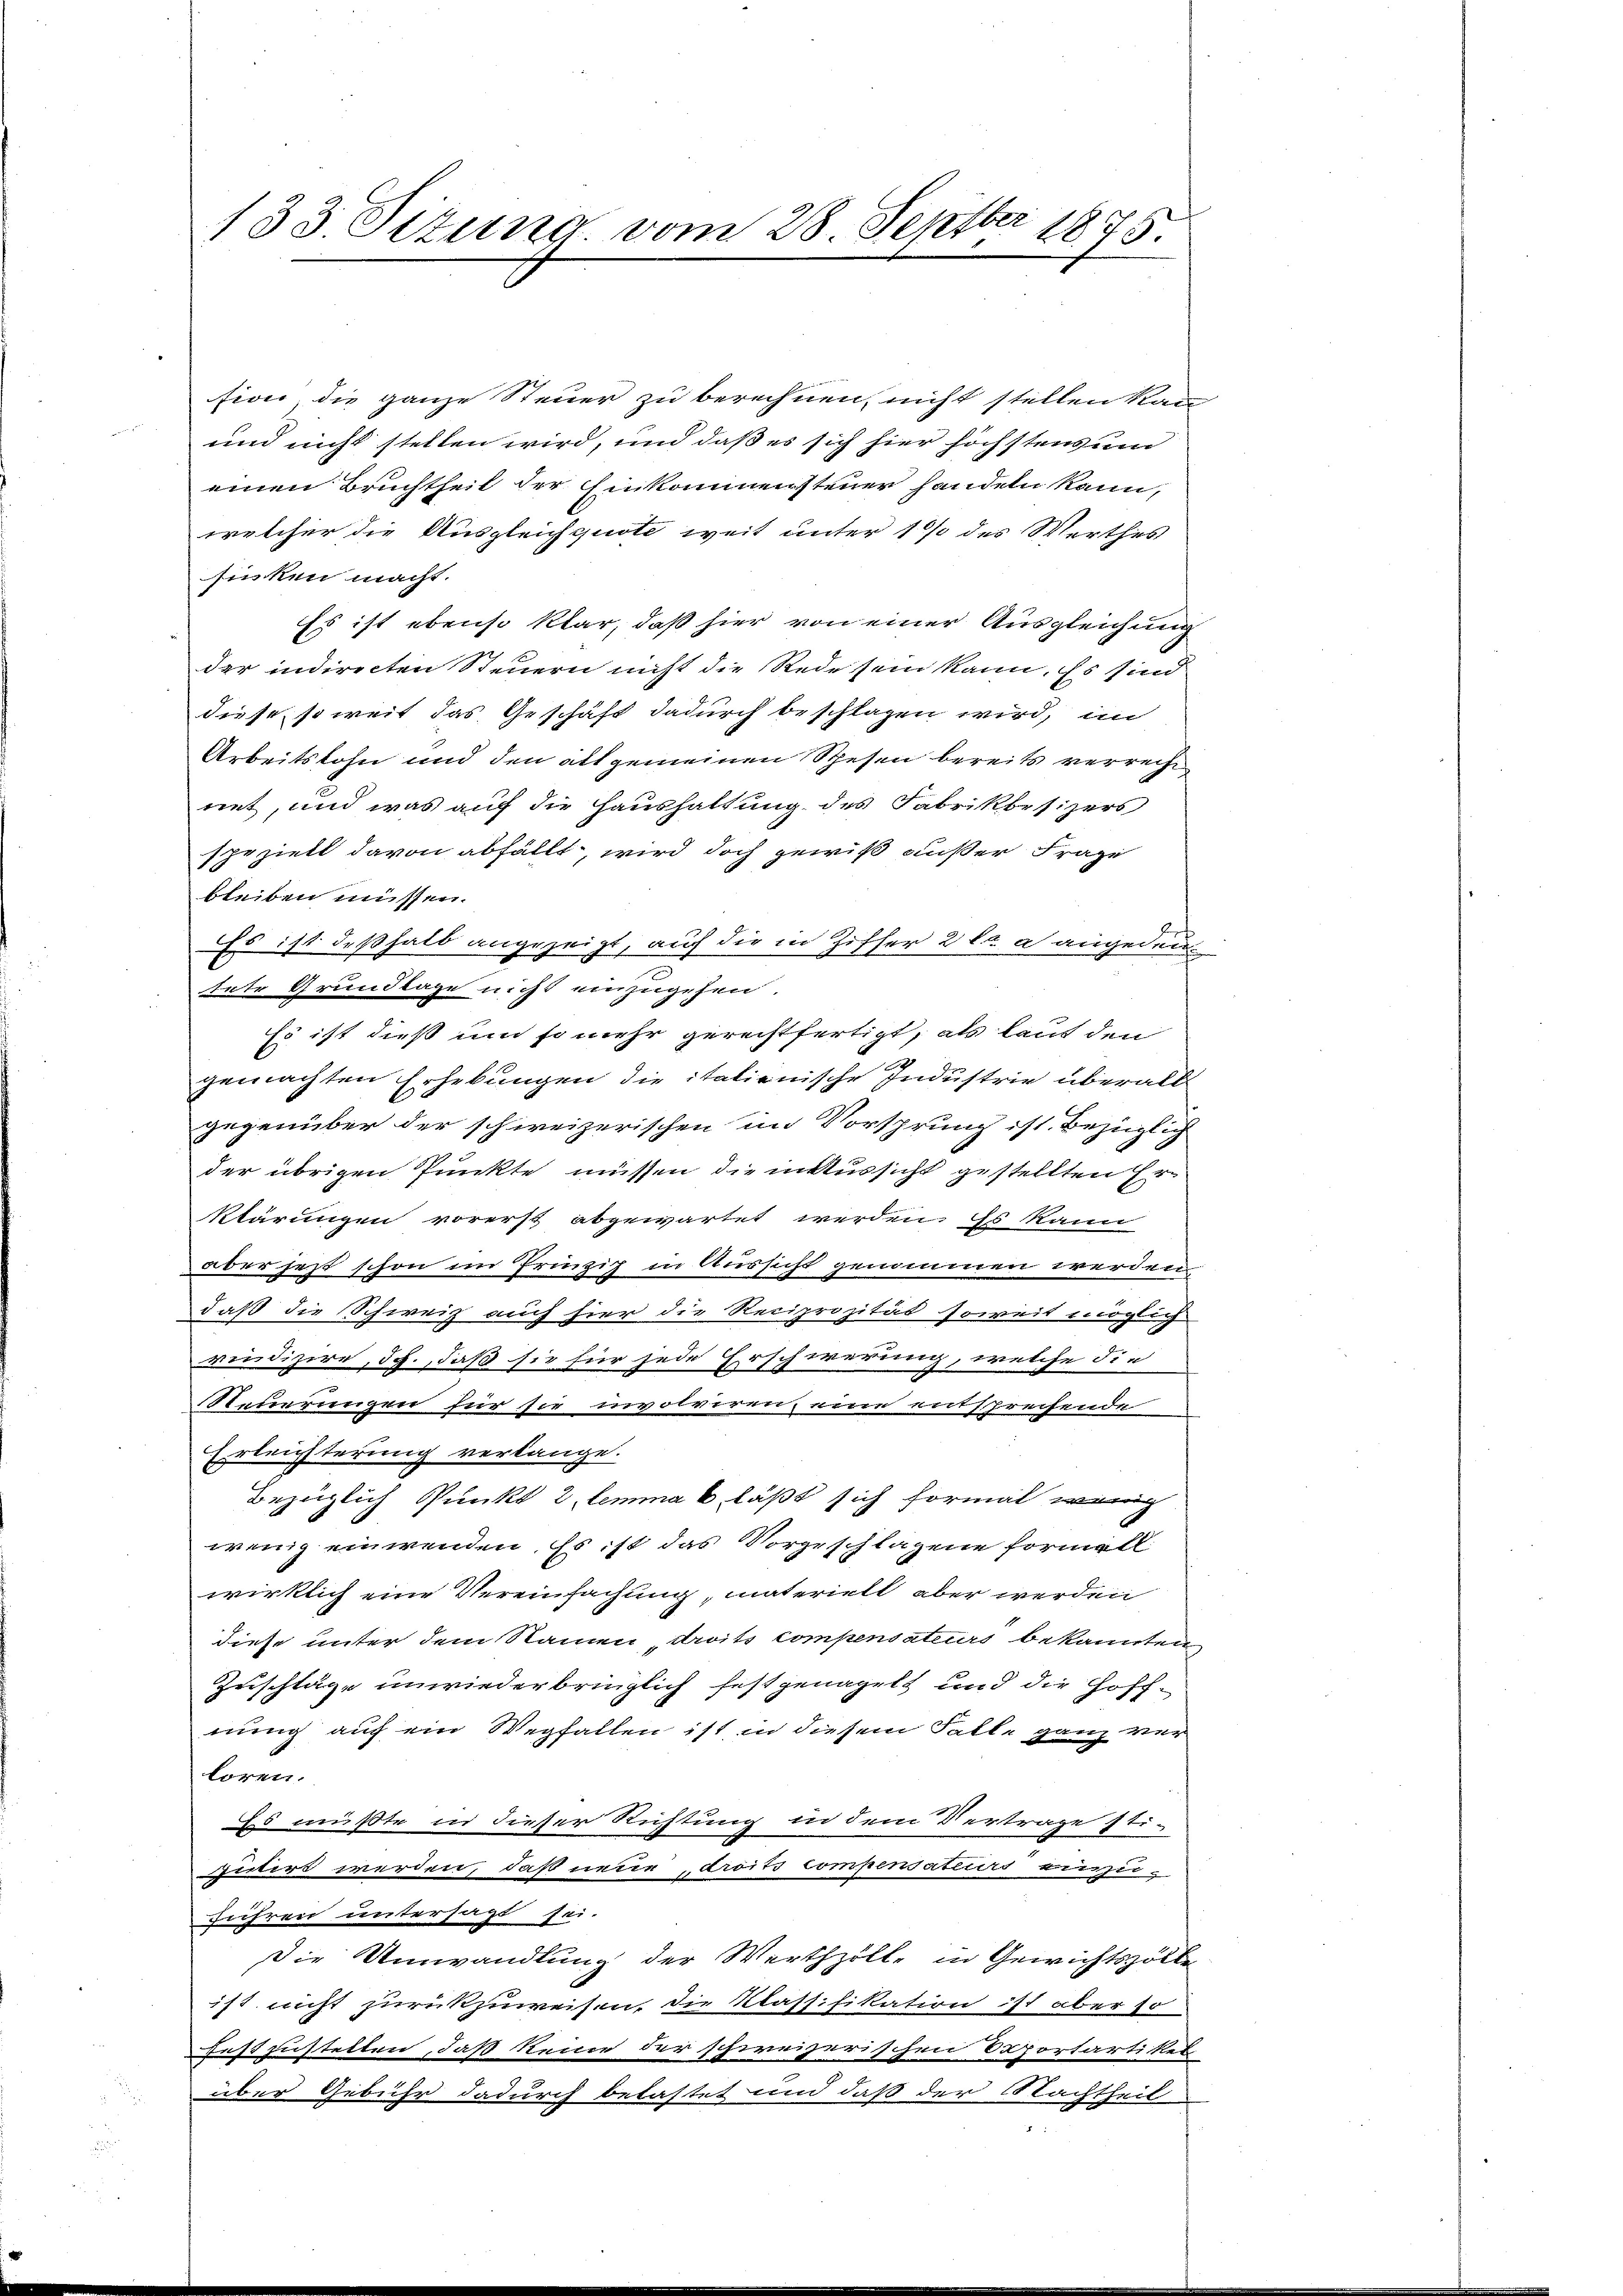
133. Situng vom 28. Septbr 1875.

sion die ganze Steuer zu berechnen, nicht stellen kan
und nicht stellen wird, und daß es sich hier höchstensum
einen Bruchtheil der Einkommensteuer handeln kann,
welcher die Ausgleichquote weit unter 1 % des Werthes
sinken macht.
Es ist ebenso klar, daß hier von einer Ausgleichung
der indirecten Steuern nicht die Rede sein kann. Es sind
diese, so weit das Geschäft dadurch beschlagen wird, im
Arbeitslohn und den allgemeinen Spesen bereits verrechtnet, und was auf die Haushaltung des Fabrikbesizers
spezielt davon abfällt, wird doch gewiß außer Frage
bleiben müssen.
Es ist deßhalb angezeigt, auf die in Ziffer 2 l a angedeutate Grundlage nicht einzugehen.
Es ist dieß um so mehr gerechtfertigt, als laut den
gemachten Erhebungen die italienische Industrie überall
gegenüber der schweizerischen in Vorsprung ist Bezüglich
der übrigen Punkte müssen, die in Aussicht gestellten Er¬
Klärungen vorerst abgewartet werden. Es kann
aber jetzt schon im Prinzip in Aussicht genommen werden
daß die Schweiz auch hier die Reciprozität soweit möglich
rudizire, dch., daß sie für jede Erschirerung, welche die
Neuerungen für sie involviren, eine entschreifende
Erleichterung verlange.
Bezüglich Punkt 2 lemma 6 läßt sich formalig
wenig einwenden. Es ist das Vorgeschlagene formall.
wirklich eine Vereinfachung, materiell aber werden
diese unter dem Namen droits compensateurs bekannten
Zuschläge unwiederbringlich festgenagelt und die Hoffnung auf ein Wegfallen ist, in diesem Falle ganz ver
loren.
Es mußte in dieser Richtung in dem Vertrage sti-
putirt werden, daß neue, droits compensatiers einzu-
führen untersagt sei.
Die Umwandlung der Werthzölle in Gewichtszölle
ist nicht zurückzuweisen, die Klassifikation ist aber so
Festzustellen, daß keine der schweizerischen Opportartikel
über Gebühr dadurch belastet und daß der Nachtheil